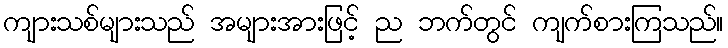
ကျားသစ်များသည် အများအားဖြင့် ည ဘက်တွင် ကျက်စားကြသည်။